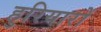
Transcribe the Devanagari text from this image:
हुरियारों